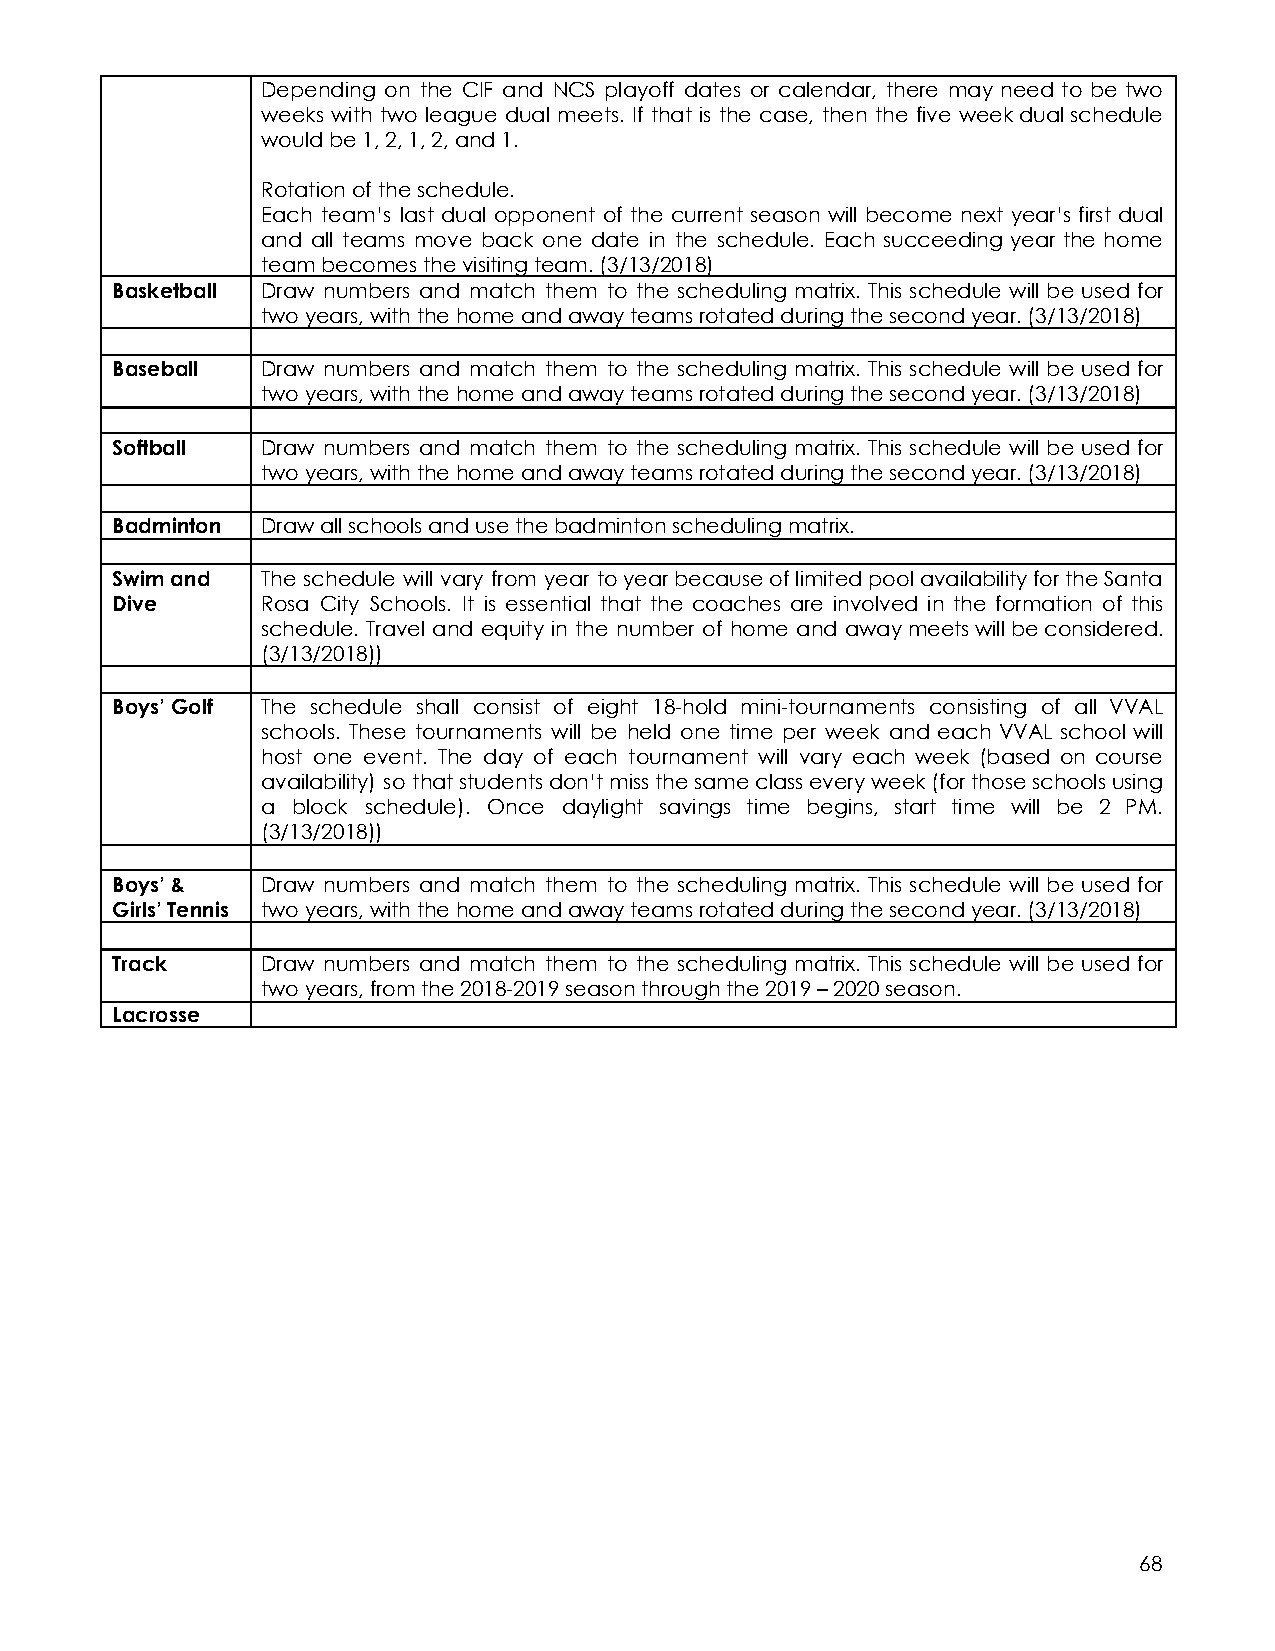
Depending on the CIF and NCS playoff dates or calendar, there may need to be two
 weeks with two league dual meets. If that is the case, then the five weekdualschedule
 would be 1, 2, 1, 2, and 1.
 Rotation of the schedule.
 Each team’s last dual opponent of the current season will become next year’s first dual
 and all teams move back one date in the schedule. Each succeeding year the home
 team becomes the visiting team. (3/13/2018)
 Basketball Draw numbers and match them to the scheduling matrix. This schedule will be used for
 two years, with the home and away teams rotated during the second year. (3/13/2018)
 Baseball  Draw numbers and match them to the scheduling matrix. This schedule will be used for
 two years, with the home and away teams rotated during the second year. (3/13/2018)
 Softball  Draw numbers and match them to the scheduling matrix. This schedule will be used for
 two years, with the home and away teams rotated during the second year. (3/13/2018)
 Badminton Draw all schools and use the badminton scheduling matrix.
 Swim and  The schedule will vary from year toyearbecauseoflimitedpoolavailabilityfortheSanta
 Dive      Rosa City Schools. It is essential that the coaches are involved in the formation of this
 schedule. Travel and equity in the number of home and awaymeetswillbeconsidered.
 (3/13/2018))
 Boys’ Golf The schedule shall consist of eight 18-hold mini-tournaments consisting of all VVAL
 schools. These tournaments will be held one time per week and each VVAL school will
 host one event. The day of each tournament will vary each week (based on course
 availability) so thatstudentsdon’tmissthesameclasseveryweek(forthoseschoolsusing
 a block schedule). Once daylight savings time begins, start time will be 2 PM.
 (3/13/2018))
 Boys’ &   Draw numbers and match them to the scheduling matrix. This schedule will be used for
 Girls’ Tennis two years, with the home and away teams rotated during the second year. (3/13/2018)
 Track     Draw numbers and match them to the scheduling matrix. This schedule will be used for
 two years, from the 2018-2019 season through the 2019 – 2020 season.
 Lacrosse
 68